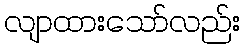
လျာထားသော်လည်း